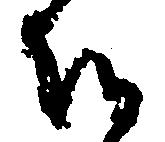
候